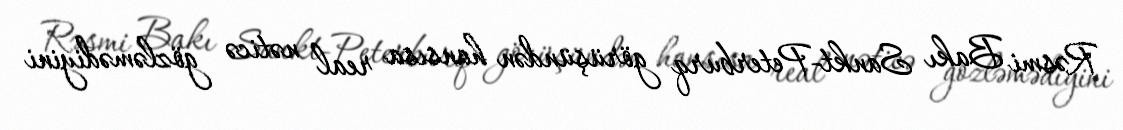
Rəsmi Bakı Sankt-Peterburq görüşündən hansısa real nəticə gözləmədiyini